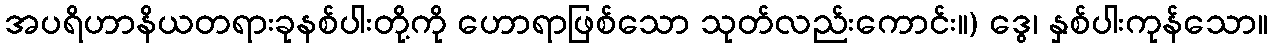
အပရိဟာနိယတရားခုနစ်ပါးတို့ကို ဟောရာဖြစ်သော သုတ်လည်းကောင်း။) ဒွေ၊ နှစ်ပါးကုန်သော။